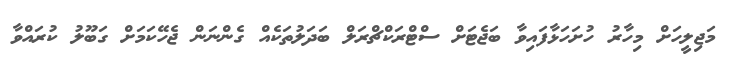
މަޖިލީހަށް މިހާރު ހުށަހަޅާފައިވާ ބަޖެޓަށް ސްޓްރަކްޗްރަލް ބަދަލުތަކެއް ގެންނަން ޖެހޭކަމަށް ގަބޫލު ކުރައްވާ